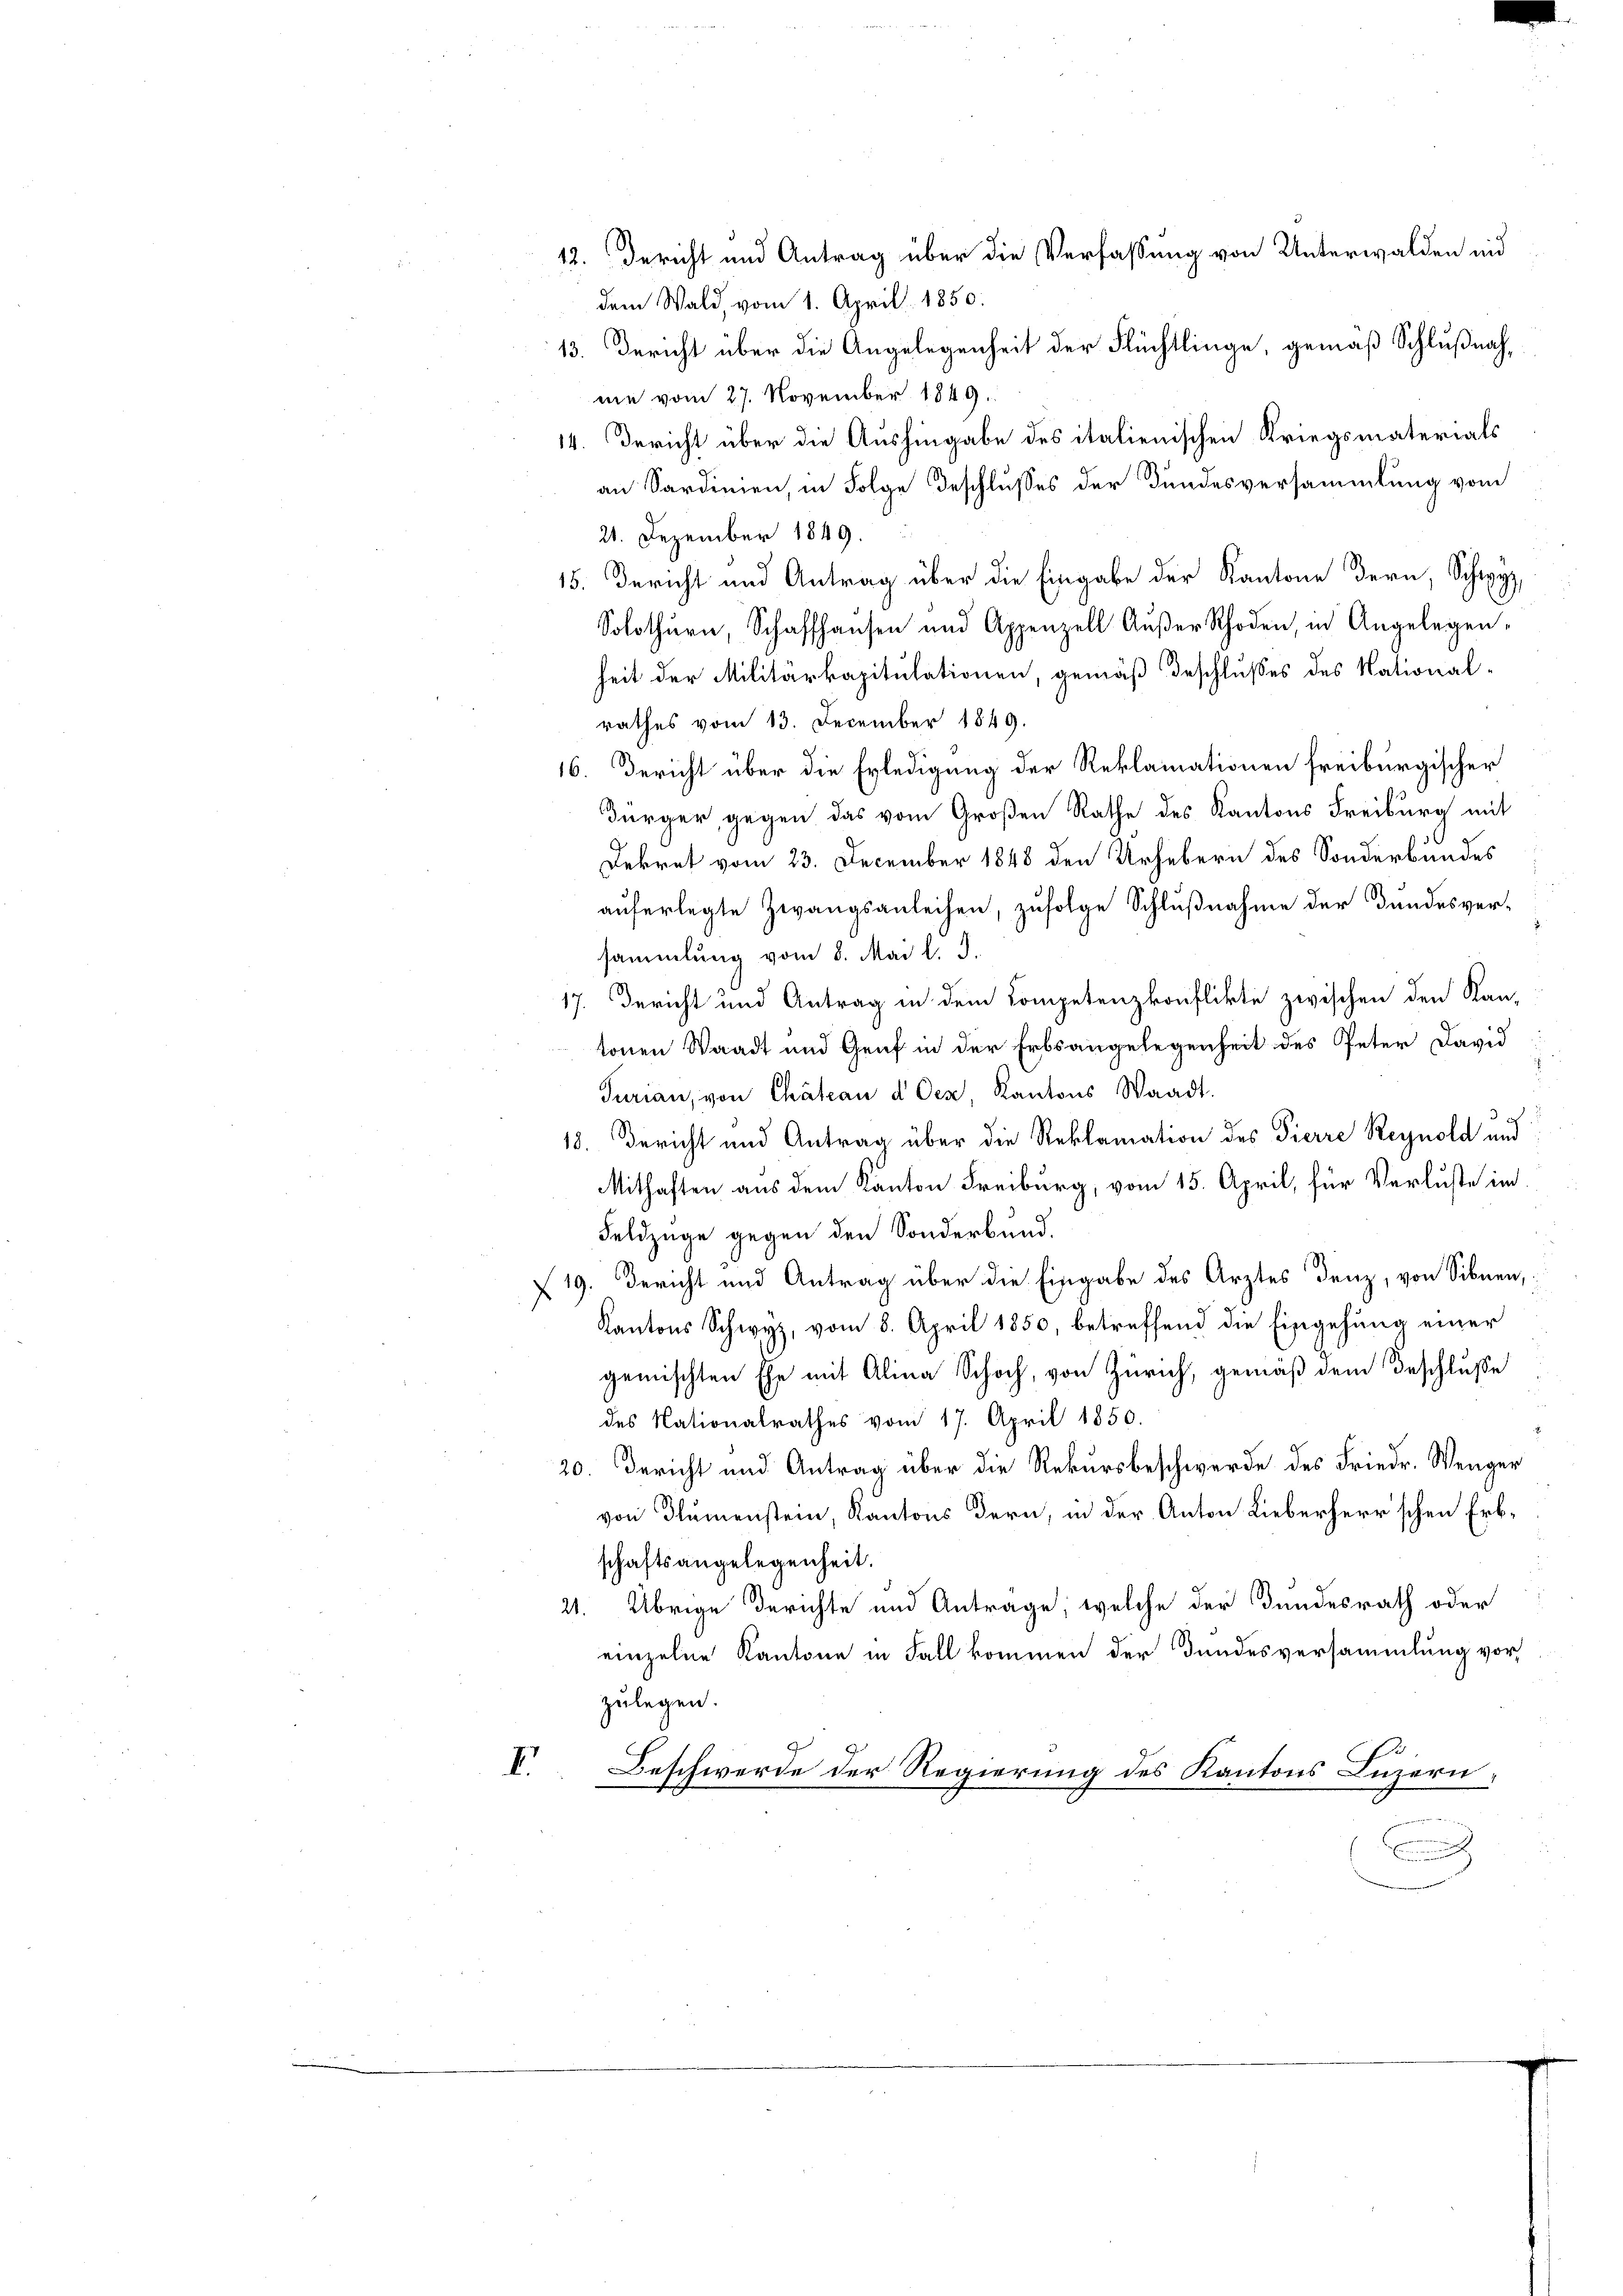
dem Wald, vom 1. April 1850.
nie vom 27. November 1849.
14. Bericht über die Aushingabe des italienischen Kriegsmaterials
an Sardinien, in Folge Beschlusses der Bundesversammlung vom
21. Dezember 1849.
15. Bericht und Antrag über die Eingabe der Kantone dern, Schwyz,
Solothurn, Schaffhausen und Appenzell Außer Rhoden, in Angelegen-
heit der Militärkapitulationen, gemäß Beschlußes des National-
rathes vom 13. December 1849.
16. Bericht über die Erledigung der Reklamationen freiburgischer
Bürger, gegen das vom Großen Rathe des Kantons Freiburg mit
Dekret vom 23. December 1848 den Urhebern des Sonderbundes
auferlegte Zwangsanleihen, zufolge Schlußnahme der Bundesver-
sammlung vom 8. Mai l. J.
17. Bericht und Antrag in dem Competenzkonflikte zwischen den Kantonen Waadt und Genf in der Erbsangelegenheit des Peter David
Turian, von Chateau d Oex, Kantons Waadt.
3
18. Bericht und Antrag über die Reklamation des Pierre Reynold und
Mithaften aus dem Kanton Freiburg, vom 15. April, für Verluste im
Feldzüge gegen den Sonderbund.
19. Bericht und Antrag über die Eingabe des Arztes denz, von Sibnen,
Kantons Schwyz, vom 8. April 1850, betreffend die Eingehung einer
gemischten Ehe mit Alina Schoch, von Zürich, gemäß dem Beschluße
des Nationalrathes vom 17. April 1850.
20. Bericht und Antrag über die Rekursbeschwerde des Friedr. Wenger
von Flumenstein, Kantons dern, in der Anton Lieberherrschen Erbschaftsangelegenheit.
21. Übrige Berichte und Antrage, welche der Bundesrath oder
einzelne Kantone in Fall kommen der Bundesversammlung vor,
zulegen.
I.
Beschwerde der Regierung des Kantons Luzern

12. Bericht und Antrag über die Verfassung von Unterwalden und
13. Bericht über die Angelegenheit der Flüchtlinge, gemäß Schlußnah¬

n